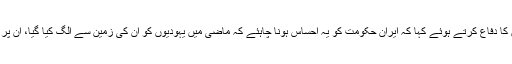
اس انٹرویو میں کاسترو نے یہودیوں کا دفاع کرتے ہوئے کہا کہ ایران حکومت کو یہ احساس ہونا چاہئے کہ ماضی میں یہودیوں کو ان کی زمین سے الگ کیا گیا، ان پر ظلم کیا گیا اوران کا قتل عام کیا گیا۔